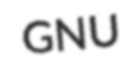
GNU